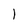
Character: 1